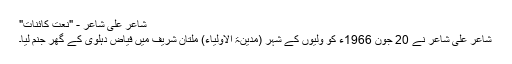
شاعر علی شاعر - "نعت کائنات"
شاعر علی شاعرؔ نے 20 جون 1966ء کو ولیوں کے شہر (مدینۃ الاولیاء) ملتان شریف میں فیاض دہلوی کے گھر جنم لیا۔